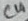
Text: C4